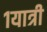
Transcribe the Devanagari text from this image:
१यात्री